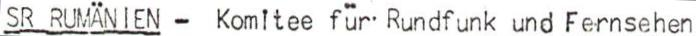
SR RUMÄNIEN - Komitee für Rundfunk und Fernsehen